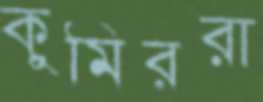
কুমিররা